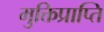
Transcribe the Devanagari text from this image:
मुक्तिप्राप्ति